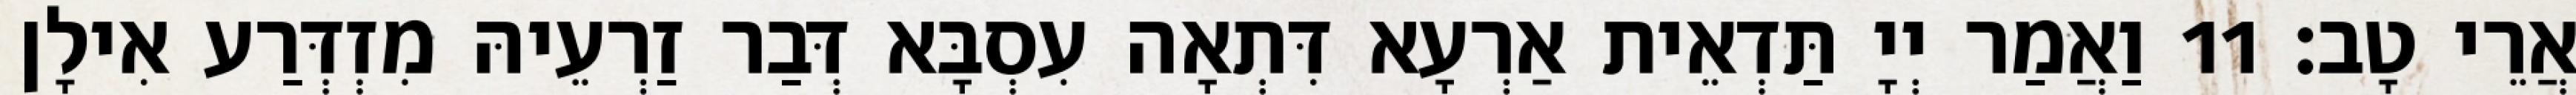
אֲרֵי טָב׃ 11 וַאֲמַר יְיָ תַּדְאֵית אַרְעָא דִּתְאָה עִסְבָּא דְּבַר זַרְעֵיהּ מִזְדְּרַע אִילָן